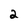
Character: 2